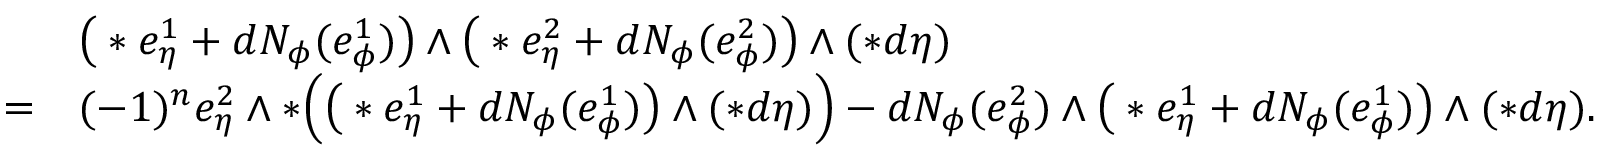
\begin{array} { r l } & { \big ( \ast e _ { \eta } ^ { 1 } + d N _ { \phi } ( e _ { \phi } ^ { 1 } ) \big ) \wedge \big ( \ast e _ { \eta } ^ { 2 } + d N _ { \phi } ( e _ { \phi } ^ { 2 } ) \big ) \wedge ( \ast d \eta ) } \\ { = } & { ( - 1 ) ^ { n } e _ { \eta } ^ { 2 } \wedge \ast \Big ( \big ( \ast e _ { \eta } ^ { 1 } + d N _ { \phi } ( e _ { \phi } ^ { 1 } ) \big ) \wedge ( \ast d \eta ) \Big ) - d N _ { \phi } ( e _ { \phi } ^ { 2 } ) \wedge \big ( \ast e _ { \eta } ^ { 1 } + d N _ { \phi } ( e _ { \phi } ^ { 1 } ) \big ) \wedge ( \ast d \eta ) . } \end{array}